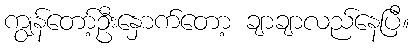
ကျွန်တော့်ဦးနှောက်တော့ ချာချာလည်နေပြီ။